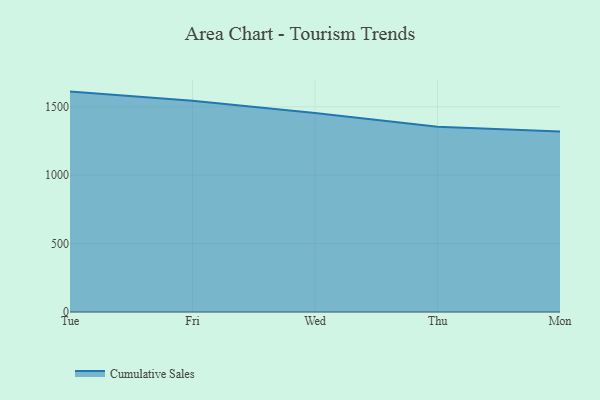
{"axis": {"x": "Day", "y": "Gross Profit (USD K)"}, "legend": ["Cumulative Sales"], "data": [{"x": "Tue", "y": 1610.7, "type": "Cumulative Sales"}, {"x": "Fri", "y": 1543.5, "type": "Cumulative Sales"}, {"x": "Wed", "y": 1453.9, "type": "Cumulative Sales"}, {"x": "Thu", "y": 1354.3, "type": "Cumulative Sales"}, {"x": "Mon", "y": 1319.0, "type": "Cumulative Sales"}]}